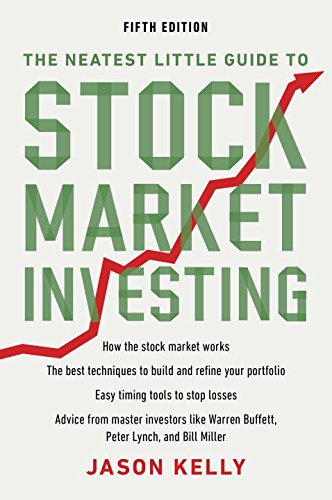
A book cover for The Neatest Little Guide to Stock Market Investing: Fifth Edition; Jason Kelly; Business & Money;